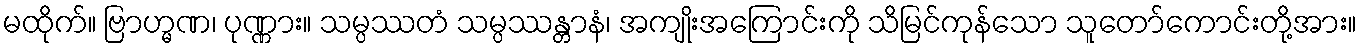
မထိုက်။ ဗြာဟ္မဏ၊ ပုဏ္ဏား။ သမ္ပဿတံ သမ္ပဿန္တာနံ၊ အကျိုးအကြောင်းကို သိမြင်ကုန်သော သူတော်ကောင်းတို့အား။